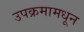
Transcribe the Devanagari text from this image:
उपक्रमामधून